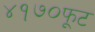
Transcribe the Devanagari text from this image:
४१७०फूट